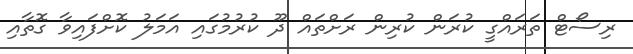
ރިސޯޓް ތަރައްގީ ކުރަން ކުރިން ރަށްތައް ދޫ ކުރުމުގައި އަމަލު ކޮށްފައިވާ ގޮތާއި